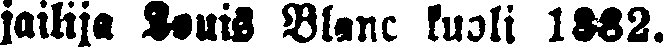
jailija Louis Blanc kuoli 1882